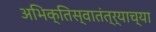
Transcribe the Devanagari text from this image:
अभिक्तिस्वातंत्र्याच्या